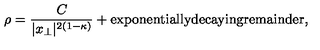
\rho = \frac { C } { | x _ { \perp } | ^ { 2 ( 1 - \kappa ) } } + \mathrm { e x p o n e n t i a l l y d e c a y i n g r e m a i n d e r } ,